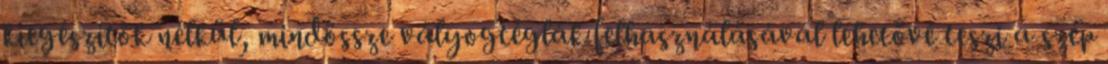
kiegészítők nélkül, mindössze vályogtéglák felhasználásával lehetővé teszi a szép